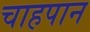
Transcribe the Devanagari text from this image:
चाहपान